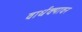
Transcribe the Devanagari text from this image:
वार्धक्यावर